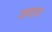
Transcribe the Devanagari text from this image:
जवाव